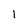
Character: 1